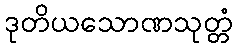
ဒုတိယသောဏသုတ္တံ